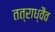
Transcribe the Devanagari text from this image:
तत्राध्वैव